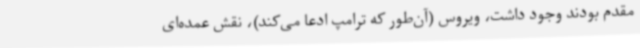
مقدم بودند وجود داشت، ویروس (آن‌طور که ترامپ ادعا می‌کند)، نقش عمده‌ای